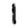
Digit: 1